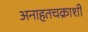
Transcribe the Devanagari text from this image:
अनाहतचक्राशी